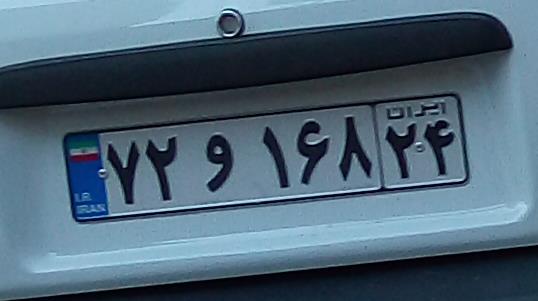
۷۲و۱۶۸۲۴